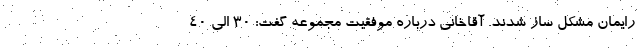
رایمان مشکل ساز شدند. آقاخانی درباره موفقیت مجموعه گفت: ۳۰ الی ۴۰